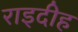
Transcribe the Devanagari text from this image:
राइदीह